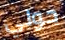
حولي